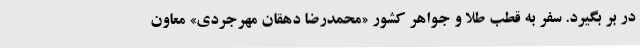
در بر بگیرد. سفر به قطب طلا و جواهر کشور «محمدرضا دهقان مهرجردی» معاون